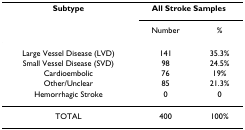
<table><thead><tr><td><b>Subtype</b></td><td colspan="2"><b>All Stroke Samples</b></td></tr><tr><td></td><td><b>Number</b></td><td><b>%</b></td></tr></thead><tbody><tr><td>Large Vessel Disease (LVD)</td><td>141</td><td>35.3%</td></tr><tr><td>Small Vessel Disease (SVD)</td><td>98</td><td>24.5%</td></tr><tr><td>Cardioembolic</td><td>76</td><td>19%</td></tr><tr><td>Other/Unclear</td><td>85</td><td>21.3%</td></tr><tr><td>Hemorrhagic Stroke</td><td>0</td><td>0</td></tr><tr><td>TOTAL</td><td>400</td><td>100%</td></tr></tbody></table>